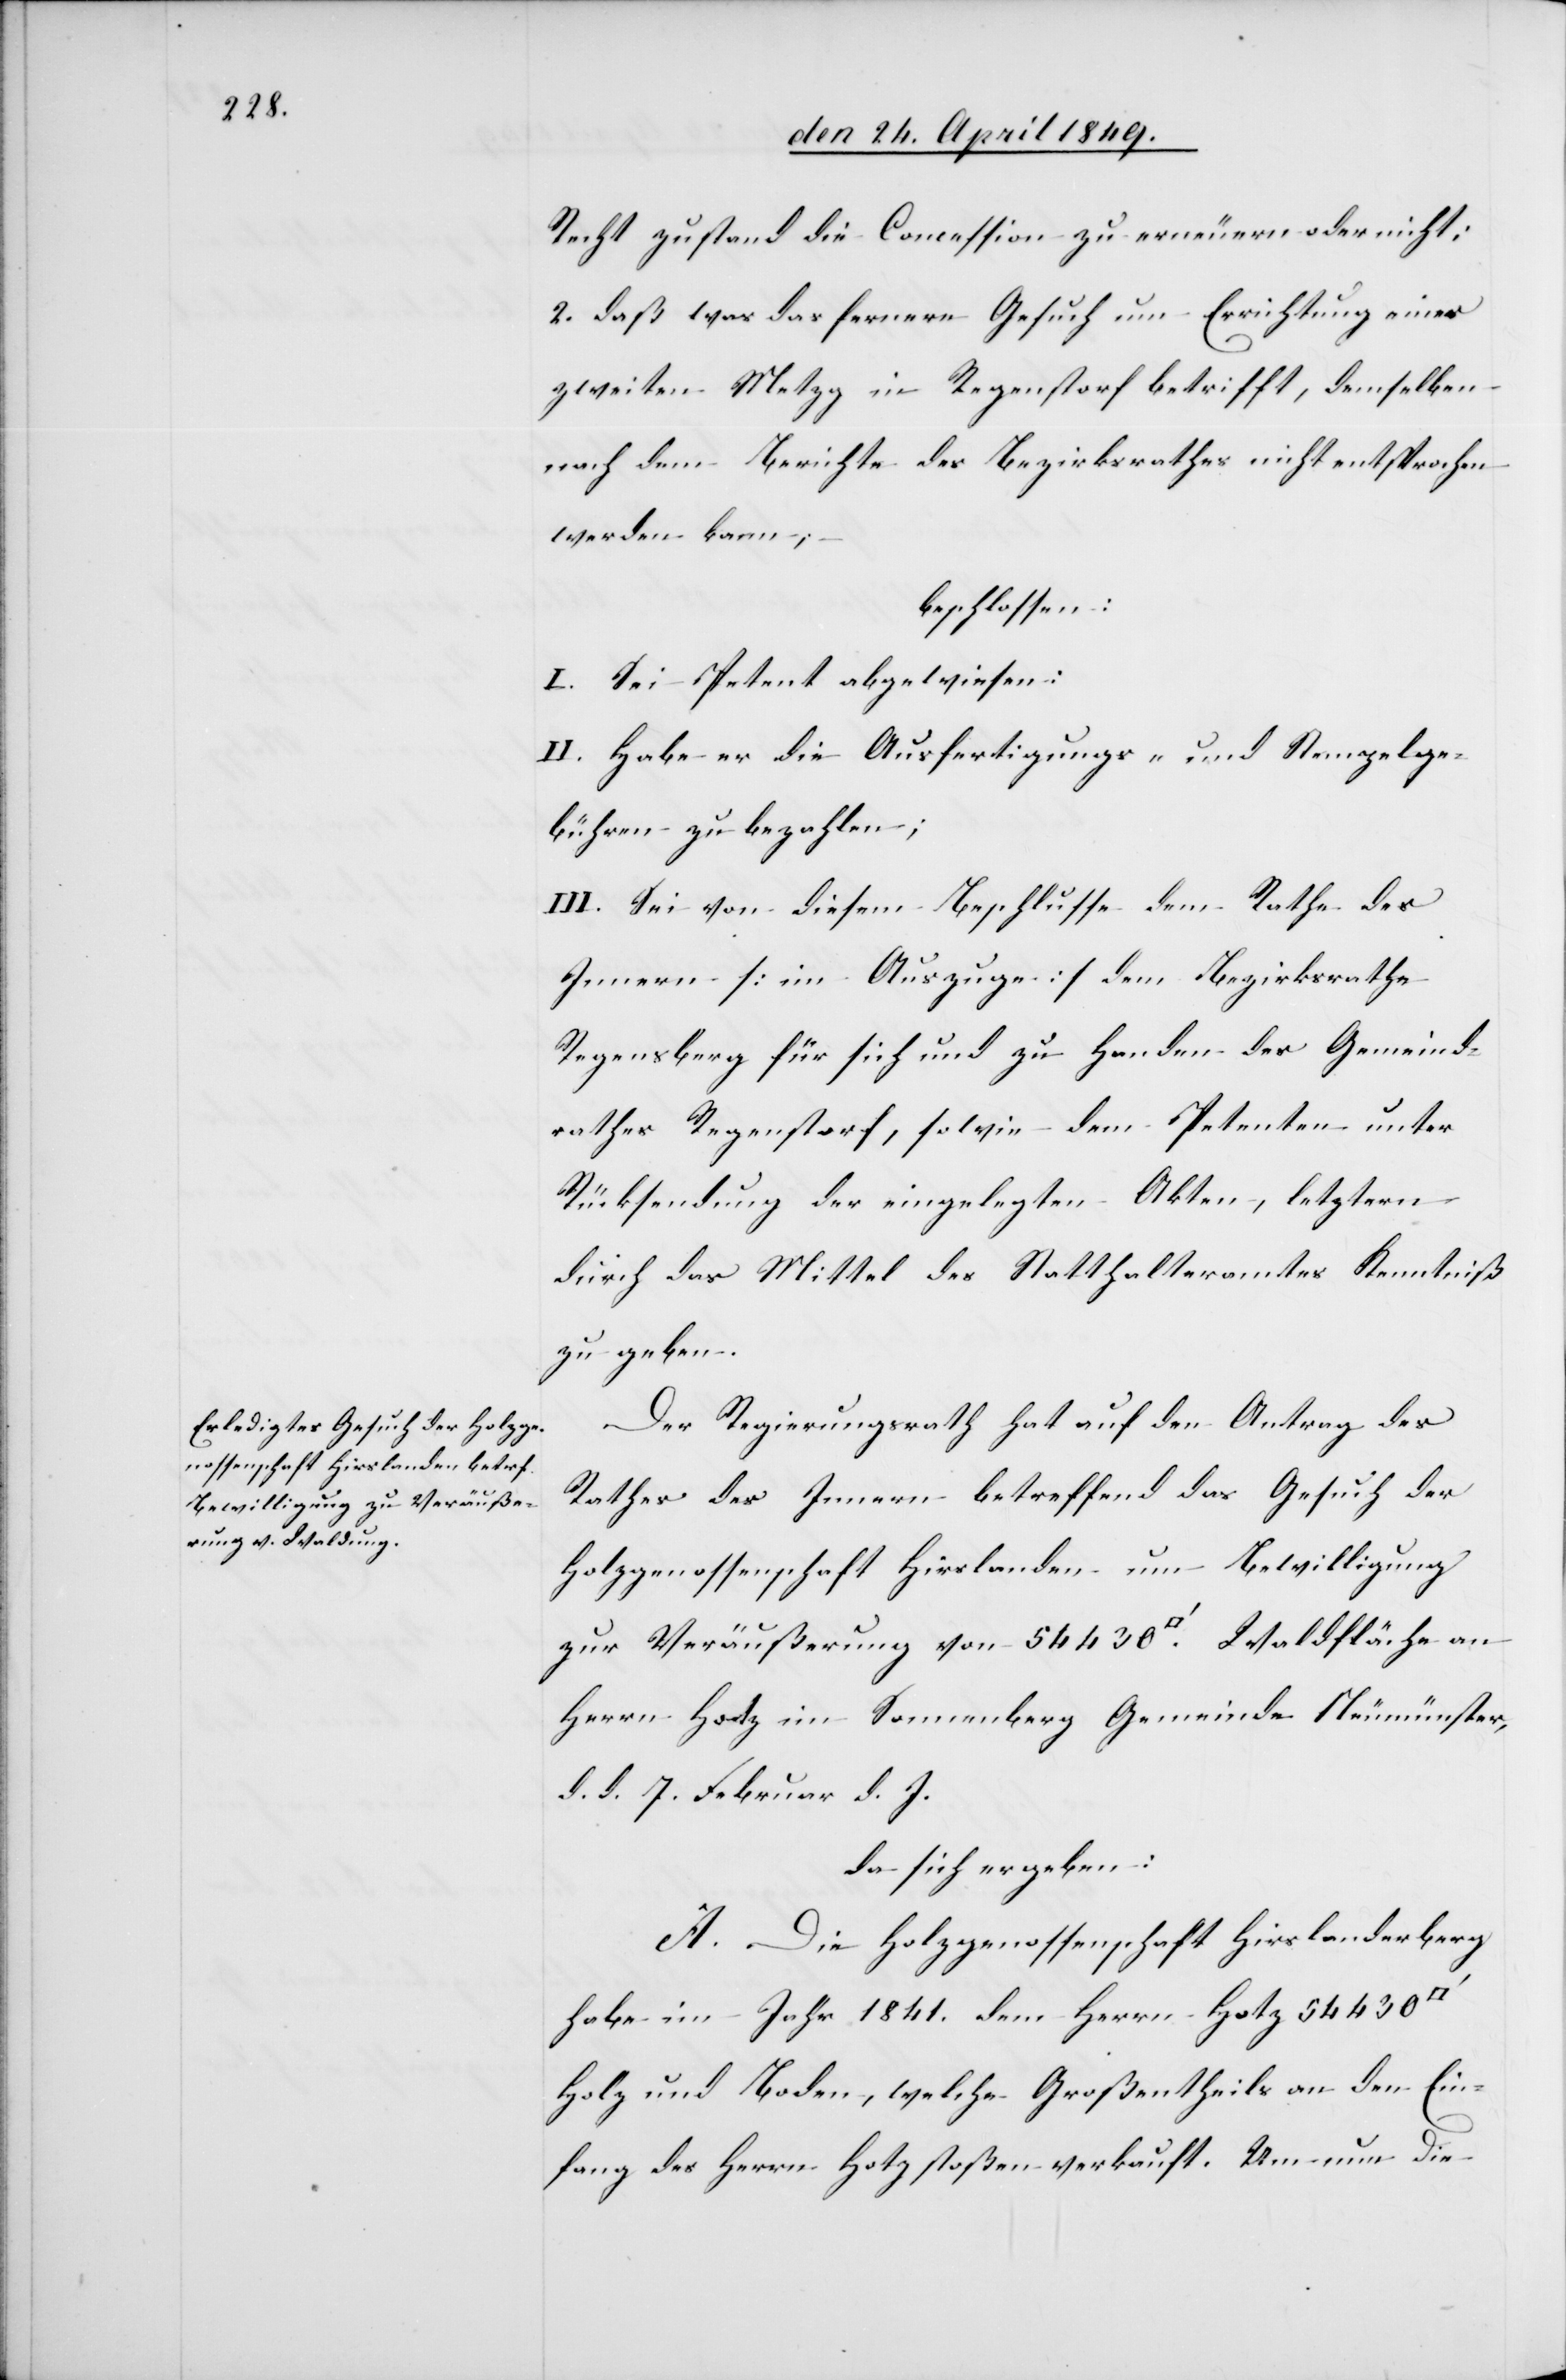
Recht zustand die Concession zu erneuern oder nicht;
2. daß was das fernere Gesuch um Errichtung einer
zweiten Metzg in Regenstorf betrifft, demselben
nach dem Berichte des Bezirksrathes nicht entsprochen
werden kann;
beschlossen:
I. Sei Petent abgewiesen:
II. Habe er die Ausfertigungs- und Stempelge¬
bühren zu bezahlen;
III. Sei von diesem Beschlusse dem Rathe des
Innern [im Auszuge] dem Bezirksrathe
Regensberg für sich und zu Handen des Gemeind¬
rathes Regenstorf, sowie dem Petenten unter
Rücksendung der eingelegten Akten, letztern
durch das Mittel des Statthalteramtes Kenntniß
zu geben.
Der Regierungsrath hat auf den Antrag des
Rathes des Innern betreffend das Gesuch der
Holzgenossenschaft Hirslanden um Bewilligung
zur Veräußerung von 54 430. [Quadratfuss] Waldflächen an
Herrn Hotz im Samenberg Gemeinde Neumünster,
d. d. 7. Februar d. J.
da sich ergeben:
A. Die Holzgenossenschaft Hirslanderberg
habe im Jahr 1841. dem Herrn Hotz 54 430.
Holz und Boden, welche Großentheils an den Ein¬
fang des Herrn Hotz stoßen [,] verkauft. Um nun die